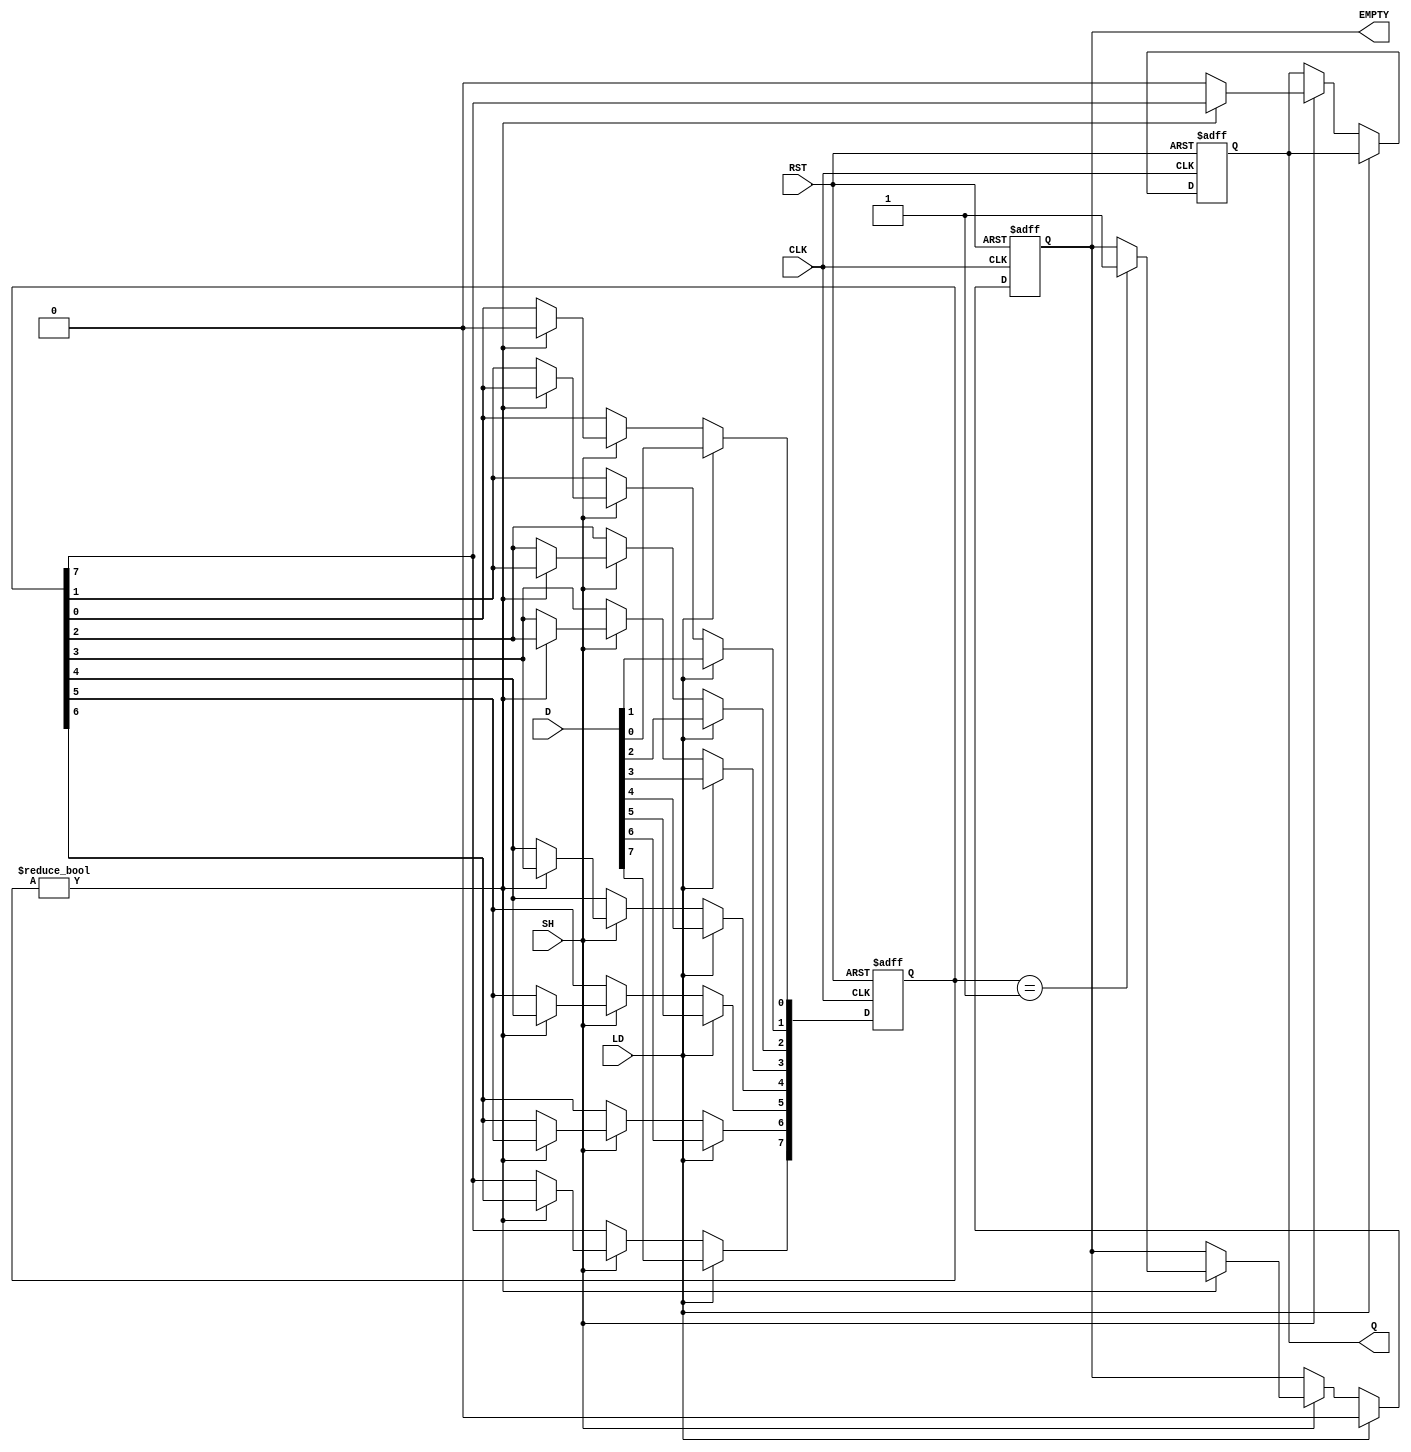
module PISO_Reg #(
    parameter N = 8  // Parameter for register size
) (
    input wire [N-1:0] D,     // Parallel data input
    input wire LD,            // Load control signal
    input wire SH,            // Shift control signal
    input wire CLK,           // Clock signal
    input wire RST,           // Asynchronous reset signal
    output reg Q,             // Serial output
    output reg EMPTY          // Empty flag output
);

    reg [N-1:0] register;     // Internal storage for the N bits
    integer i;                // Loop variable for shifting

    // Asynchronous reset logic
    always @(posedge CLK or posedge RST) begin
        if (RST) begin
            register <= 0;      // Clear all bits in the register
            Q <= 0;             // Clear serial output
            EMPTY <= 1;         // Set EMPTY flag to high
        end else begin
            if (LD) begin
                register <= D;  // Load data into the register
                EMPTY <= 0;     // Clear EMPTY flag when data is loaded
            end else if (SH) begin
                if (register != 0) begin
                    Q <= register[N-1]; // Output the MSB
                    // Shift register to the right
                    for (i = N-1; i > 0; i = i - 1) begin
                        register[i] <= register[i-1];
                    end
                    register[0] <= 0; // Optional: clear the least significant bit
                    // Update EMPTY flag
                    if (register == 1) // Check if the register is empty after shift
                        EMPTY <= 1;
                end else begin
                    Q <= 0; // If register is already empty, output 0
                end
            end
        end
    end
endmodule